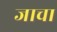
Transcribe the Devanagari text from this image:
जाचा